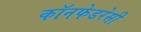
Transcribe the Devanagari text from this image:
कॉनफेडरेसी